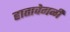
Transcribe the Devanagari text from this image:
हातावेगळी